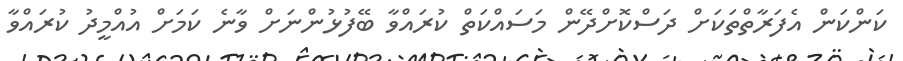
ކަންކަން އެފަރާތްތަކަށް ދަސްކޮށްދޭން މަސައްކަތް ކުރައްވާ ބޭފުޅުންނަށް ވާނެ ކަމަށް އުއްމީދު ކުރައްވާ